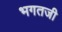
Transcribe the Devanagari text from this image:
भगतजी